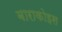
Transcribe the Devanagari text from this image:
बाराकोइस